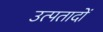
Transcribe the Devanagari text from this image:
उत्पतादों